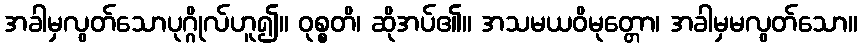
အခါမှလွတ်သောပုဂ္ဂိုလ်ဟူ၍။ ဝုစ္စတိ၊ ဆိုအပ်၏။ အသမယဝိမုတ္တော၊ အခါမှမလွတ်သော။